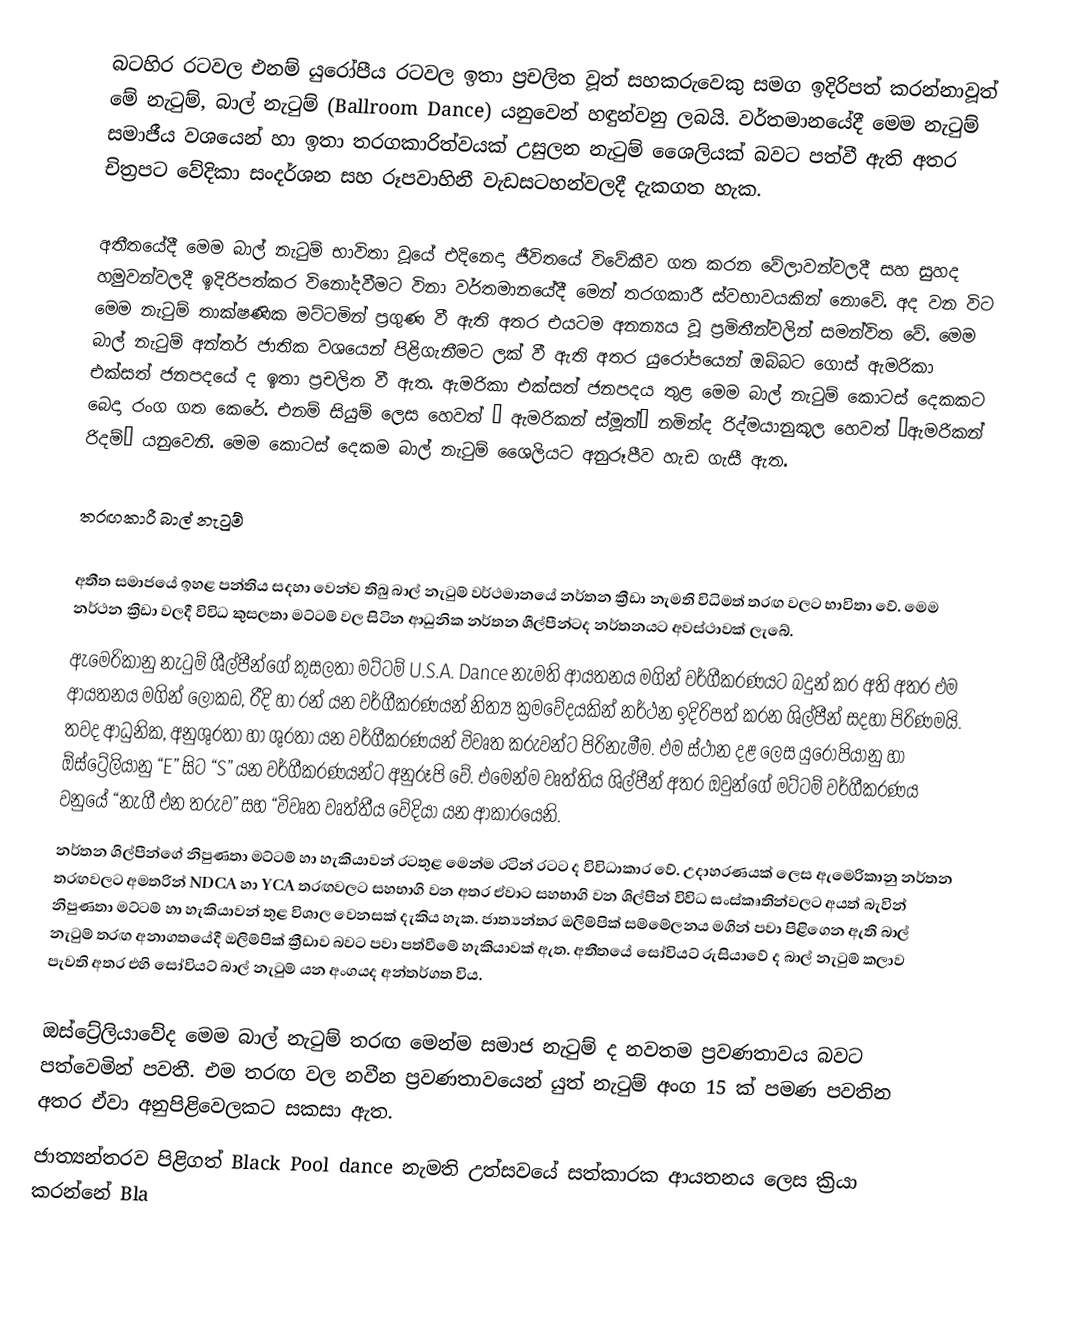
බටහිර රටවල එනම් යුරෝපීය රටවල ඉතා ප්‍රචලිත වූත් සහකරුවෙකු සමග ඉදිරිපත් කරන්නාවූත් මේ නැටුම්, බාල් නැටුම්  (Ballroom Dance) යනුවෙන් හඳුන්වනු ලබයි. වර්තමානයේදී මෙම නැටුම් සමාජීය වශයෙන් හා ඉතා තරගකාරිත්වයක් උසුලන නැටුම් ශෛලියක් බවට පත්වී ඇති අතර චිත්‍රපට වේදිකා සංදර්ශන සහ රූපවාහිනී වැඩසටහන්වලදී දැකගත හැක.

අතීතයේදී මෙම බාල් නැටුම් භාවිතා වූයේ එදිනෙදා ජීවිතයේ විවේකීව ගත කරන වේලාවන්වලදී සහ සුහද හමුවන්වලදී ඉදිරිපත්කර විනෝදවීමට විනා වර්තමානයේදී මෙන් තරගකාරී ස්වභාවයකින් නොවේ. අද වන විට මෙම නැටුම් තාක්ෂණික මට්ටමින් ප්‍රගුණ වී ඇති අතර එයටම අනන්‍යය වූ ප්‍රමිතීන්වලින් සමන්විත වේ. මෙම බාල් නැටුම් අන්තර් ජාතික වශයෙන් පිළිගැනීමට ලක් වී ඇති අතර යුරෝපයෙන් ඔබ්බට ගොස් ඇමරිකා එක්සත් ජනපදයේ ද ඉතා ප්‍රචලිත වී ඇත. ඇමරිකා එක්සත් ජනපදය තුළ මෙම බාල් නැටුම් කොටස් දෙකකට බෙදා රංග ගත කෙරේ. එනම් සියුම් ලෙස හෙවත් “ ඇමරිකන් ස්මූත්” නමින්ද රිද්මයානුකූල හෙවත් “ඇමරිකන් රිදම්” යනුවෙනි. මෙම කොටස් දෙකම බාල් නැටුම් ශෛලියට අනුරූපීව හැඩ ගැසී ඇත.

තරඟකාරී බාල් නැටුම්

අතීත සමාජයේ ඉහළ පන්තිය සදහා වෙන්ව තිබු බාල් නැටුම් වර්ථමානයේ නර්තන ක්‍රීඩා නැමති විධිමත් තරඟ වලට භාවිතා වේ. මෙම නර්ථන ක්‍රිඩා වලදී විවිධ කුසලතා මට්ටම් වල සිටින ආධුනික නර්තන ශීල්පීන්ටද නර්තනයට අවස්ථාවක් ලැබේ.
ඇමෙරිකානු නැටුම් ශීල්පීන්ගේ කුසලතා මට්ටම් U.S.A. Dance නැමති ආයතනය මගින් වර්ගීකරණයට බදුන් කර අති අතර එම ආයතනය මගින් ලෝකඩ, රීදි හා රන් යන වර්ගීකරණයන් නිත්‍ය ක්‍රමවේදයකින් නර්ථන ඉදිරිපත් කරන ශිල්පීන් සදහා පිරිණමයි. තවද ආධුනික, අනුශුරතා හා ශුරතා යන වර්ගීකරණයන් විවෘත කරුවන්ට පිරිනැමීම. එම ස්ථාන දළ ලෙස යුරෝපියානු හා ඕස්ට්‍රේලියානු “E” සිට “S” යන වර්ගීකරණයන්ට අනුරූපි වේ. එමෙන්ම වෘත්තිය ශිල්පීන් අතර ඔවුන්ගේ මට්ටම් වර්ගීකරණය වනුයේ “නැගී එන තරුව” සහ “විවෘත වෘත්තීය වේදියා යන ආකාරයෙනි.
නර්තන ශිල්පීන්ගේ නිපුණතා මට්ටම් හා හැකියාවන් රටතුළ මෙන්ම රටින් රටට ද විවිධාකාර වේ. උදාහරණයක් ලෙස ඇමෙරිකානු නර්තන තරඟවලට අමතරින් NDCA හා YCA තරඟවලට සහභාගි වන අතර ඒවාට සහභාගි වන ශිල්පීන් විවිධ සංස්කෘතින්වලට අයත් බැවින් නිපුණතා මට්ටම් හා හැකියාවන් තුළ විශාල වෙනසක් දැකිය හැක. ජාත්‍යන්තර ඔලිම්පික් සම්මේලනය මගින් පවා පිළිගෙන ඇති බාල් නැටුම් තරඟ අනාගතයේදී ඔලිම්පික් ක්‍රීඩාව බවට පවා පත්වීමේ හැකියාවක් ඇත. අතීතයේ සෝවියට් රුසියාවේ ද බාල් නැටුම් කලාව පැවති අතර එහි සෝවියට් බාල් නැටුම් යන අංගයද අන්තර්ගත විය.

ඔස්ට්‍රේලියාවේද මෙම බාල් නැටුම් තරඟ මෙන්ම සමාජ නැටුම් ද නවතම ප්‍රවණතාවය බවට පත්වෙමින් පවතී. එම තරඟ වල නවීන ප්‍රවණතාවයෙන් යුත් නැටුම් අංග 15 ක් පමණ පවතින අතර ඒවා අනුපිළිවෙලකට සකසා ඇත.
ජාත්‍යන්තරව පිළිගත් Black Pool dance නැමති උත්සවයේ සත්කාරක ආයතනය ලෙස ක්‍රියා කරන්නේ Bla